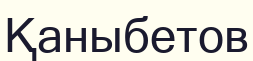
Қаныбетов